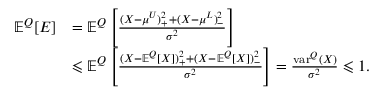
\begin{array} { r l } { \mathbb { E } ^ { Q } [ E ] } & { = \mathbb { E } ^ { Q } \left[ \frac { ( X - \mu ^ { U } ) _ { + } ^ { 2 } + ( X - \mu ^ { L } ) _ { - } ^ { 2 } } { \sigma ^ { 2 } } \right] } \\ & { \leqslant \mathbb { E } ^ { Q } \left[ \frac { ( X - \mathbb { E } ^ { Q } [ X ] ) _ { + } ^ { 2 } + ( X - \mathbb { E } ^ { Q } [ X ] ) _ { - } ^ { 2 } } { \sigma ^ { 2 } } \right] = \frac { \mathrm { v a r } ^ { Q } ( X ) } { \sigma ^ { 2 } } \leqslant 1 . } \end{array}